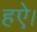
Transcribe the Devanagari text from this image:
हऐ।